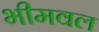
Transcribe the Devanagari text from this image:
भीमवल